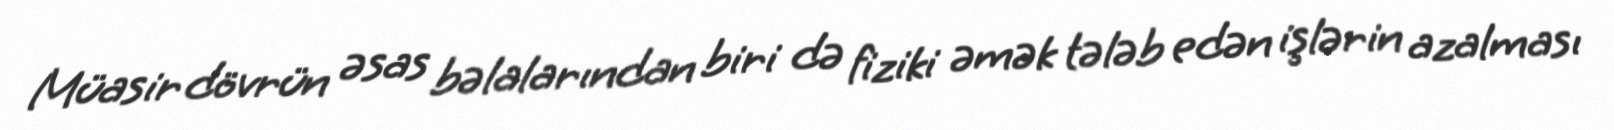
Müasir dövrün əsas bəlalarından biri də fiziki əmək tələb edən işlərin azalması